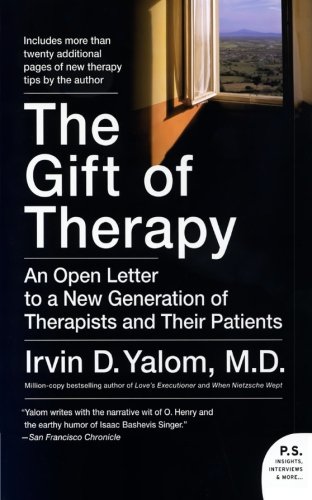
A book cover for The Gift of Therapy: An Open Letter to a New Generation of Therapists and Their Patients; Irvin Yalom; Medical Books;